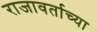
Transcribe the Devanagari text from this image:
राजावर्ताच्या